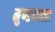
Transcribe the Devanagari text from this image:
मुण्डमाला